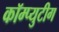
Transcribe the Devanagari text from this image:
कॉम्प्युटीग